Insane asylums in Bengal annual reports 1876-1887 - 1876-1887
Year: 1876
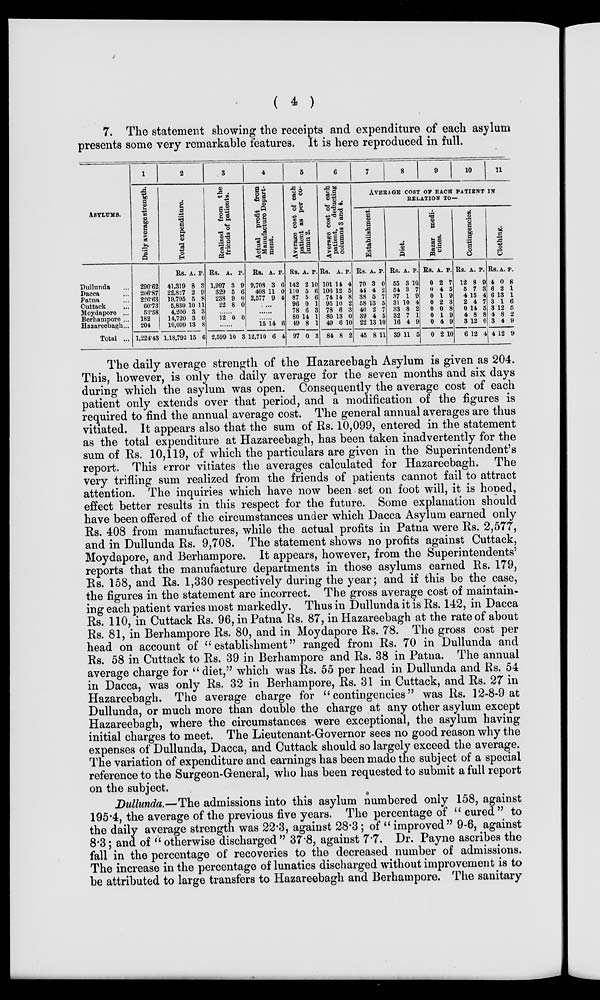
( 4 )
7. The statement show1ng the rece1pts and expend1ture of each asylum
presents some very remarkable features. It 1s here reproduced 1n full.
ASYLUMS.
Dullunda ...
Dacca ...
Patna ...
Cuttack ...
Moydapore ...
Berhampore ...
Hazareebagh...
Total ...
1
Daily average strength.
290.62
206.87
226.63
60.73
53.58
182
204
1,224.43
2
Total expenditure.
Rs.
41,319
22,827
19,795
5,830
4,200
14,720
10,099
1,18,793
A.
8
2
5
10
3
3
13
15
P.
3
9
8
11
3
0
8
6
3
Realized from the
friends of patients.
Rs.
1,997
329
238
22
A.
3
5
9
8
P.
9
6
0
0
......
12 0 0
......
2,599 10 3
4
Actual profit from
Manufacture Depart-
ment.
Rs.
9,708
408
2,577
A.
3
11
9
P.
6
0
4
......
......
......
15
12,710
14
6
6
4
5
Average cost of each
patient as per co-
lumn 2.
Rs.
142
110
87
96
78
80
49
97
A.
2
5
5
0
6
14
8
0
P.
10
6
6
1
3
1
1
3
6
Average cost of each
patient, deducting
columns 3 and 4.
Rs.
101
106
74
95
78
80
49
84
A.
14
12
14
10
6
13
6
8
P.
4
5
8
2
3
0
10
2
7
8
9
10
11
AVERAGE COST OF EACH PATIENT IN
RELATION TO—.
Establishment.
Rs.
70
44
38
58
40
39
22
45
A.
3
4
5
13
2
4
13
8
P.
0
2
7
5
7
5
10
11
Diet.
Rs.
55
54
87
31
83
32
16
39
A.
3
3
1
10
8
7
4
11
P.
10
7
9
4
2
1
9
5
Bazar medi-
cines.
Rs.
0
0
0
0
0
0
0
0
A.
2
4
1
2
0
1
4
2
P.
7
5
9
3
8
9
9
10
Contingencies.
Rs.
12
5
4
2
0
4
3
6
A.
8
7
15
4
14
8
12
12
P.
9
3
4
7
5
8
0
4
Clothing.
Rs.
4
6
6
3
3
4
3
4
A.
0
2
13
1
12
8
4
12
P.
8
1
1
6
5
2
9
9
The daily average strength of the Hazareebagh Asylum is given as 204.
This, however, is only the daily average for the seven months and six days
during which the asylum was open. Consequently the average cost of each
patient only extends over that period, and a modification of the figures is
required to find the annual average cost. The general annual averages are thus
vitiated. It appears also that the sum of Rs. 10,099, entered in the statement
as the total expenditure at Hazareebagh, has been taken inadvertently for the
sum of Rs. 10,119, of which the particulars are given in the Superintendent's
report. This error vitiates the averages calculated for Hazareebagh. The
very trifling sum realized from the friends of patients cannot fail to attract
attention. The inquiries which have now been set on foot will, it is honed,
effect better results in this respect for the future. Some explanation should
have been offered of the circumstances under which Dacca Asylum earned only
Rs. 408 from manufactures, while the actual profits in Patna were Rs. 2,577,
and in Dullunda Rs. 9,708. The statement shows no profits against Cuttack,
Moydapore, and Berhampore. It appears, however, from the Superintendents'
reports that the manufacture departments in those asylums earned Rs. 179,
Rs. 158, and Rs. 1,330 respectively during the year; and if this be the case,
the figures in the statement are incorrect. The gross average cost of maintain-
-ng each patient varies most markedly. Thus in Dullunda it is Rs. 142, in Dacca
Rs. 110, in Cuttack Rs. 96, in Patna Rs. 87, in Hazareebagh at the rate of about
Rs. 81, in Berhampore Rs. 80, and in Moydapore Rs. 78. The gross cost per
head on account of " establishment" ranged from Rs. 70 in Dullunda and
Rs. 58 in Cuttack to Rs. 39 in Berhampore and Rs. 38 in Patna. The annual
average charge for " diet," which was Rs. 55 per head in Dullunda and Rs. 54
in Dacca, was only Rs. 32 in Berhampore, Rs. 31 in Cuttack, and Rs. 27 in
Hazareebagh. The average charge for "contingencies" was Rs. 12-8-9 at
Dullunda, or much more than double the charge at any other asylum except
Hazareebagh, where the circumstances were exceptional, the asylum having
initial charges to meet. The Lieutenant-Governor sees no good reason why the
expenses of Dullunda, Dacca, and Cuttack should so largely exceed the average.
The variation of expenditure and earnings has been made the subject of a special
reference to the Surgeon-General, who has been requested to submit a full report
on the subject.
Dullunda.—The admissions into this asylum numbered only 158, against
195.4, the average of the previous five years. The percentage of " cured" to
the daily average strength was 22.3, against 28.3; of "mproved" 9-6, against
8.3; and of "otherwise discharged" 37.8, against 7.7. Dr. Payne ascribes the
fall in the percentage of recoveries to the decreased number of admissions.
The increase in the percentage of lunatics discharged without improvement is to
be attributed to large transfers to Hazareebagh and Berhampore. The sanitary